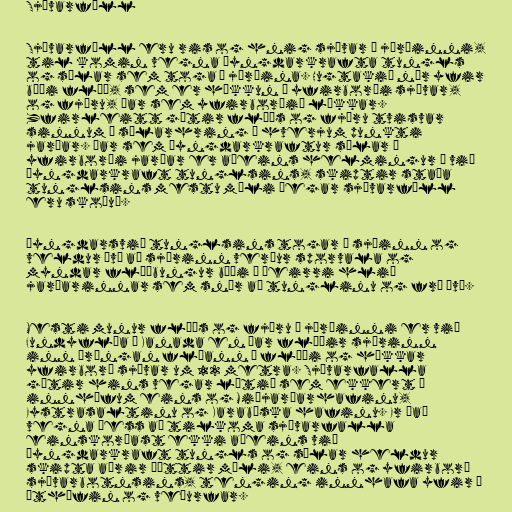
Sjávarföll

Sjávarföll eru ris og hnig sjávar á jörðinni,
til komin vegna þyngdarkrafta tungls
og sólar sem toga í jörðina. Hugtakið nær yfir
bæði flóð, sem er hækkun á yfirborði sjávar,
og fjöru, þar sem yfirborðið lækkar.
Yfirleitt gætir flóðs og fjöru tvisvar
sinnum á sólarhring á hverjum punkti
jarðar. Þar sem þyngdarkraftur sólar á
yfirborði jarðar er aðeins helmingur á við
þyngdarkraft tunglsins, skiptir staða
tunglsins mestu máli þegar sjávarföll
eru skoðuð.

Þyngdarsvið tunglsins togar í sjóinn og
veldur því að sjórinn verður sporvala og
myndar flóðbungur bæði á þeirri hlið
jarðarinnar sem snýr að tunglinu og frá því.

Mesti munur flóðs og fjöru á jörðinni er við
Fundyflóa í Kanada en þar flæðir sjórinn
inn þröngan flóann á flóði og hækkar
yfirborð sjávar um 12 metra. Sjávarfalla
gætir hins vegar lítið sem ekkert í
innhöfum eins og Miðjarðarhafinu,
Eystrasaltinu og Karabíska hafinu. Er það
vegna þess að tilkoma sjávarfalla
einskorðast ekki aðeins við
þyngdarkraft tungls og sólar heldur
skipta aðrir þættir máli, eins og yfirborð
sjávarbotnsins, tenging innhafa yfir í
úthöfin og veðurfar.